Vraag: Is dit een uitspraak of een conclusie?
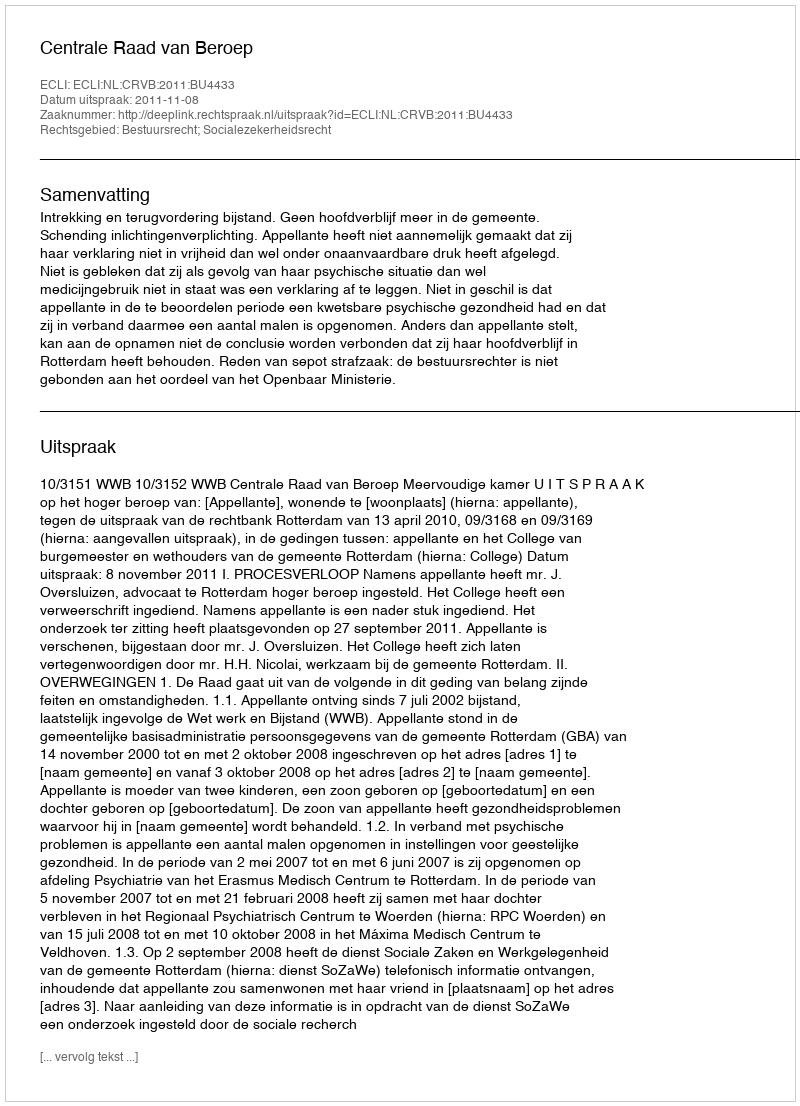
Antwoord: Uitspraak